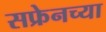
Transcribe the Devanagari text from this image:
सफ्रेनच्या